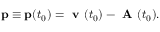
\mathbf { p } \equiv \mathbf { p } ( t _ { 0 } ) = \textbf { v } ( t _ { 0 } ) - \textbf { A } ( t _ { 0 } ) .